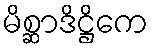
မိစ္ဆာဒိဋ္ဌိကေ